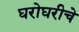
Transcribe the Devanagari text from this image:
घरोघरीचे